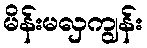
မိန်းမလှကျွန်း